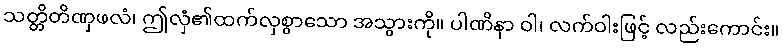
သတ္တိတိဏှဖလံ၊ ဤလှံ၏ထက်လှစွာသော အသွားကို။ ပါဏိနာ ဝါ၊ လက်ဝါးဖြင့် လည်းကောင်း။